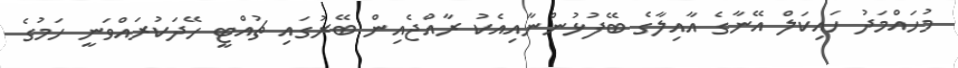
މުހައްމަދު ހައިކަލް އޭނާގެ އާއިލާގެ ބޭފުޅުންނާއިއެކު ރާއްޖެއިން ބޭރުގައި ޗުއްޓީ ހޭދަކުރައްވަނީ ހަމުގެ